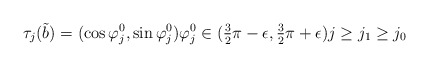
\begin{align*} \tau_j(\tilde b) = (\cos \varphi^0_j,\sin\varphi^0_j) \varphi^0_j\in (\tfrac{3}{2}\pi - \epsilon,\tfrac{3}{2}\pi + \epsilon) j\geq j_1\geq j_0 \end{align*}